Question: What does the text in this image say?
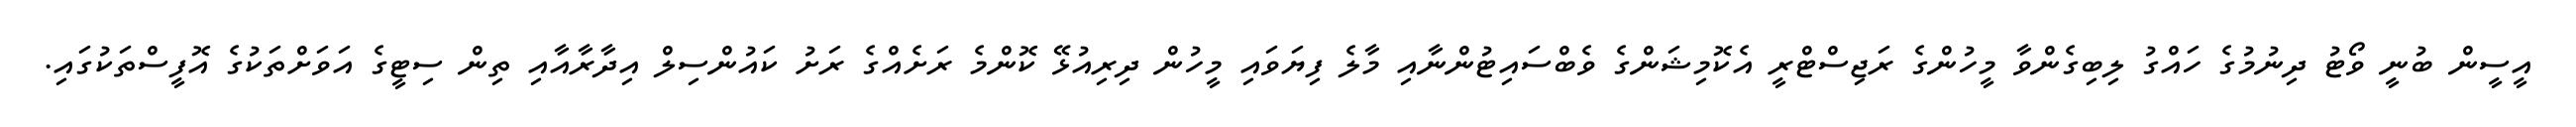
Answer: އީސީން ބުނީ ވޯޓު ދިނުމުގެ ހައްގު ލިބިގެންވާ މީހުންގެ ރަޖިސްޓްރީ އެކޮމިޝަންގެ ވެބްސައިޓުންނާއި މާލެ ފިޔަވައި މީހުން ދިރިއުޅޭ ކޮންމެ ރަށެއްގެ ރަށު ކައުންސިލް އިދާރާއާއި ތިން ސިޓީގެ އަވަށްތަކުގެ އޮފީސްތަކުގައި.